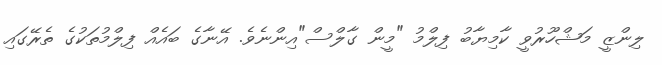
ލިންޒީ މަޝްހޫރުވީ ކާމިޔާބު ފިލްމު "މީން ގާލްސް"އިންނެވެ. އޭނާގެ ބައެއް ފިލްމުތަކުގެ ތެރޭގައި